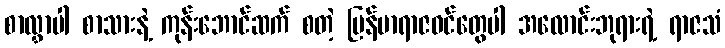
စာလွှာပါ စာသားနဲ့ ကုန်းဘောင်ဆက် စတဲ့ မြန်မာရာဇဝင်တွေပါ အလောင်းဘုရားရဲ့ ရာဇသံ